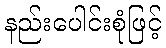
နည်းပေါင်းစုံဖြင့်